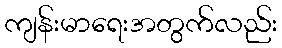
ကျန်းမာရေးအတွက်လည်း